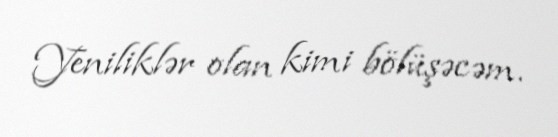
Yeniliklər olan kimi bölüşəcəm.